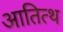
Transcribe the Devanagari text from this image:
आतित्थ